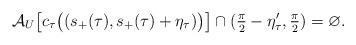
LaTeX: \begin{align*} \mathcal{A}_U\big[c_\tau\big((s_+(\tau),s_+(\tau)+\eta_\tau) \big)\big]\cap (\tfrac{\pi}{2}-\eta_\tau',\tfrac{\pi}{2})=\varnothing. \end{align*}